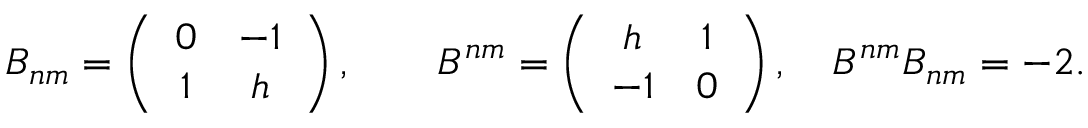
B _ { n m } = \left( \begin{array} { c c } { { 0 } } & { { - 1 } } \\ { { 1 } } & { { h } } \end{array} \right) , \qquad B ^ { n m } = \left( \begin{array} { c c } { { h } } & { { 1 } } \\ { { - 1 } } & { { 0 } } \end{array} \right) , \quad B ^ { n m } B _ { n m } = - 2 .